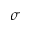
\sigma